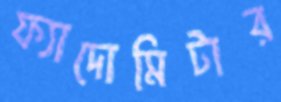
ফ্যাদোমিটার